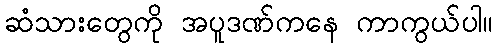
ဆံသားတွေကို အပူဒဏ်ကနေ ကာကွယ်ပါ။